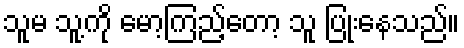
သူမ သူ့ကို မော့ကြည့်တော့ သူ ပြုံးနေသည်။